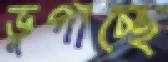
ভুগাচ্ছে